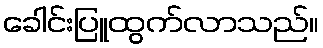
ခေါင်းပြူထွက်လာသည်။